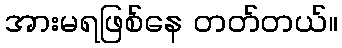
အားမရဖြစ်နေ တတ်တယ်။